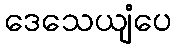
ဒေသေယျံပေ